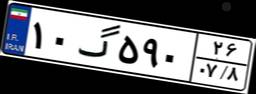
۱۰گ۵۹۰۲۶